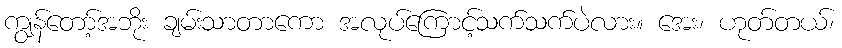
ကျွန်တော့်အဘိုး ချမ်းသာတာကော အလုပ်ကြောင့်သက်သက်ပဲလား။ အေး၊ ဟုတ်တယ်၊